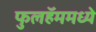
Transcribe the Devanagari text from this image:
फुलहॅममध्ये